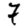
Digit: 7